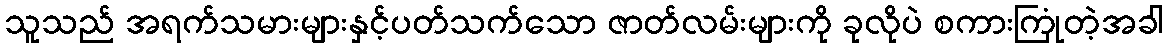
သူသည် အရက်သမားများနှင့်ပတ်သက်သော ဇာတ်လမ်းများကို ခုလိုပဲ စကားကြုံတဲ့အခါ